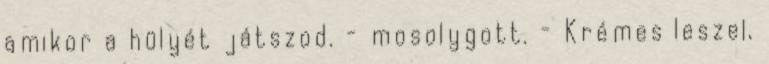
amikor a hülyét játszod. - mosolygott. - Krémes leszel,